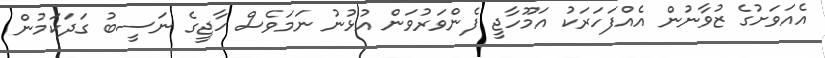
އެއަވަށުގެ ޒުވާނުން އެއްފަހަރަކު އަމޫހާޖީ ފެންވަރުވަން އުޅުނު ނަމަވެސް ހާޖީގެ ނަސީބު ގަދަކަމުން